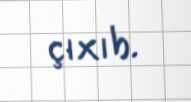
çıxıb.